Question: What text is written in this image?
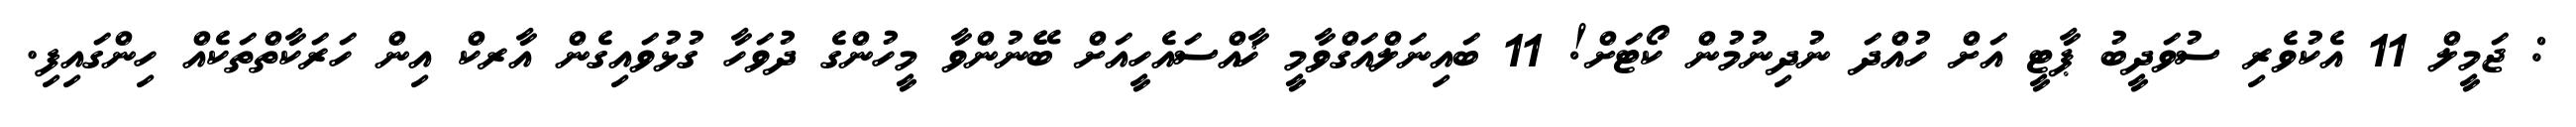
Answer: : ޖަމީލް 11 އެކުވެރި ސުވަދީބު ޕާޓީ އަށް ހުއްދަ ނުދިނުމުން ކޯޓަށް! 11 ބައިނަލްއަގްވާމީ ޚާއްސައެހީއަށް ބޭނުންވާ މީހުންގެ ދުވަހާ ގުޅުވައިގެން އާރކް އިން ހަރަކާތްތަކެއް ހިންގައިފި.